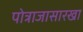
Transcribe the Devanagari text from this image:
पोत्राजासारखा